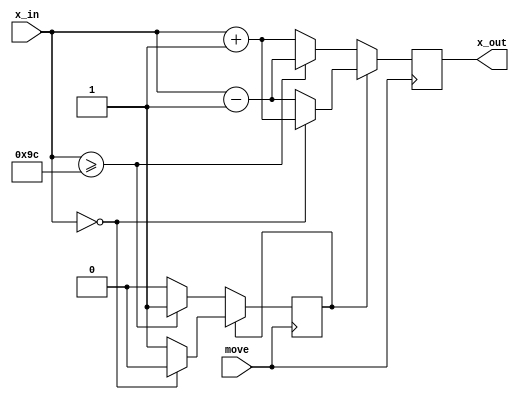
module x_counter(move, x_in, x_out);
	input move;
	input [7:0] x_in;

	reg direction = 1'b0;	//0 = right, 1 = left

	output reg [7:0] x_out;

	always@(posedge move)
	begin
		if(!direction) begin
			if(x_in >= 8'd156) begin
				direction <= 1'b1;
				x_out <= x_in - 1'b1;
			end
			else begin
				x_out <= x_in + 1'b1;
			end
		end
		else begin
			if(x_in == 8'd0) begin
				direction <= 1'b0;
				x_out <= x_in + 1'b1;
			end
			else begin
				x_out <= x_in - 1'b1;
			end
		end
	end
	
endmodule